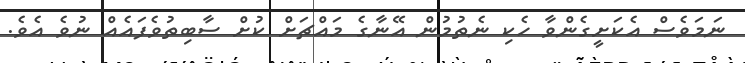
ނަމަވެސް އެކަށީގެންވާ ހެކި ނެތުމުން އޭނާގެ މައްޗަށް ކުށް ސާބިތުވެފައެއް ނުވެ އެވެ.